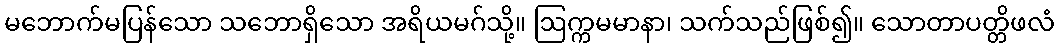
မဘောက်မပြန်သော သဘောရှိသော အရိယမဂ်သို့။ ဩက္ကမမာနာ၊ သက်သည်ဖြစ်၍။ သောတာပတ္တိဖလံ